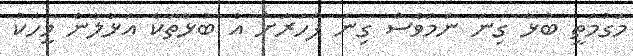
މަގުމަތީ ބުޅާ ގިނަ ނަމަވެސް ގިނަ ފަހަރަށް އެ ބުޅާތަކާ އަޅާލާނެ މީހަކު